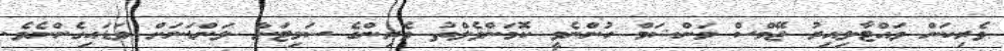
ވެރިކަން ވައްޓާލިއިރު ޖޭމްސް މަންޝަމް ހުންނެވީ ކޮމަންވެލްތު ވެރިންގެ ސަމިޓަށް ލަންޑަނަށް ވަޑައިގެންނެވެ.